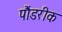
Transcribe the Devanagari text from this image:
पौंडरीक